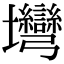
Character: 壪